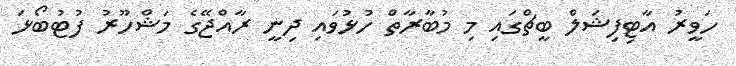
ހަވީރު އާޓިފިޝަލް ބީޗްގައި މި މުބާރާތް ހުޅުވައި ދިނީ ރާއްޖޭގެ މަޝްހޫރު ފުޓުބޯޅަ